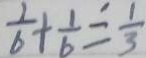
\frac { 1 } { 6 } + \frac { 1 } { 6 } = \frac { 1 } { 3 }